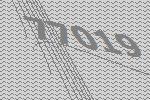
77019